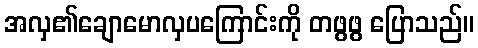
အလှ၏ချောမောလှပကြောင်းကို တဖွဖွ ပြောသည်။